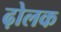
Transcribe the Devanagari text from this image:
ढ़ोलक